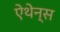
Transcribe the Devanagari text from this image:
ऐथेन्स